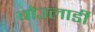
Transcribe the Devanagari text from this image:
बोउलार्डी